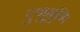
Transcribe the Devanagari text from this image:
टुणुमुणि